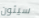
سيئون